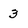
Character: 3